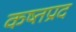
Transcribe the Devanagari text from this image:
कष्तप्रद